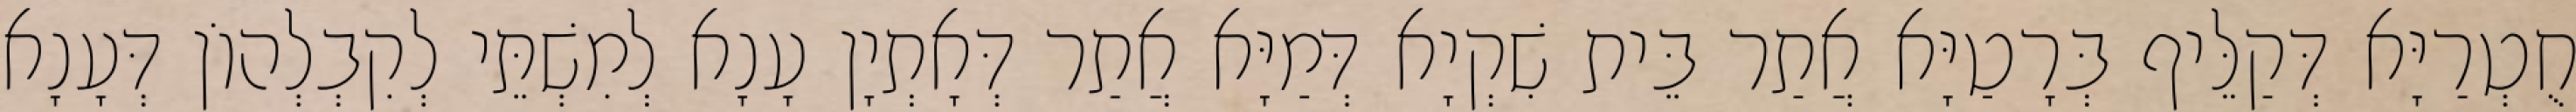
חֻטְרַיָּא דְּקַלֵּיף בְּרָטַיָּא אֲתַר בֵּית שִׁקְיָא דְּמַיָּא אֲתַר דְּאָתְיָן עָנָא לְמִשְׁתֵּי לְקִבְלְהוֹן דְּעָנָא